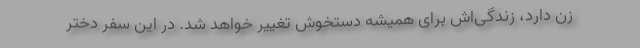
زن دارد، زندگی‌اش برای همیشه دستخوش تغییر خواهد شد. در این سفر دختر